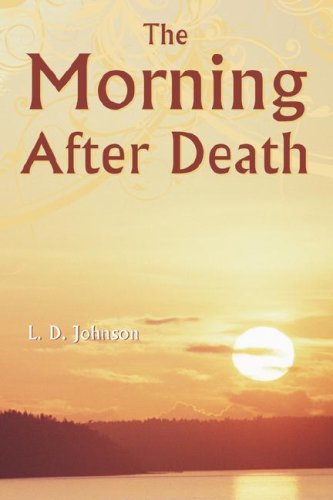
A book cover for The Morning After Death; L D Johnson; Christian Books & Bibles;